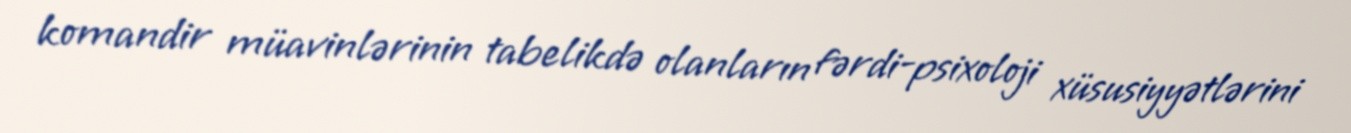
komandir müavinlərinin tabelikdə olanların fərdi-psixoloji xüsusiyyətlərini